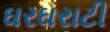
ઘરઘરાટી